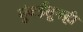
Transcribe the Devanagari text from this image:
मुंबईतूनही